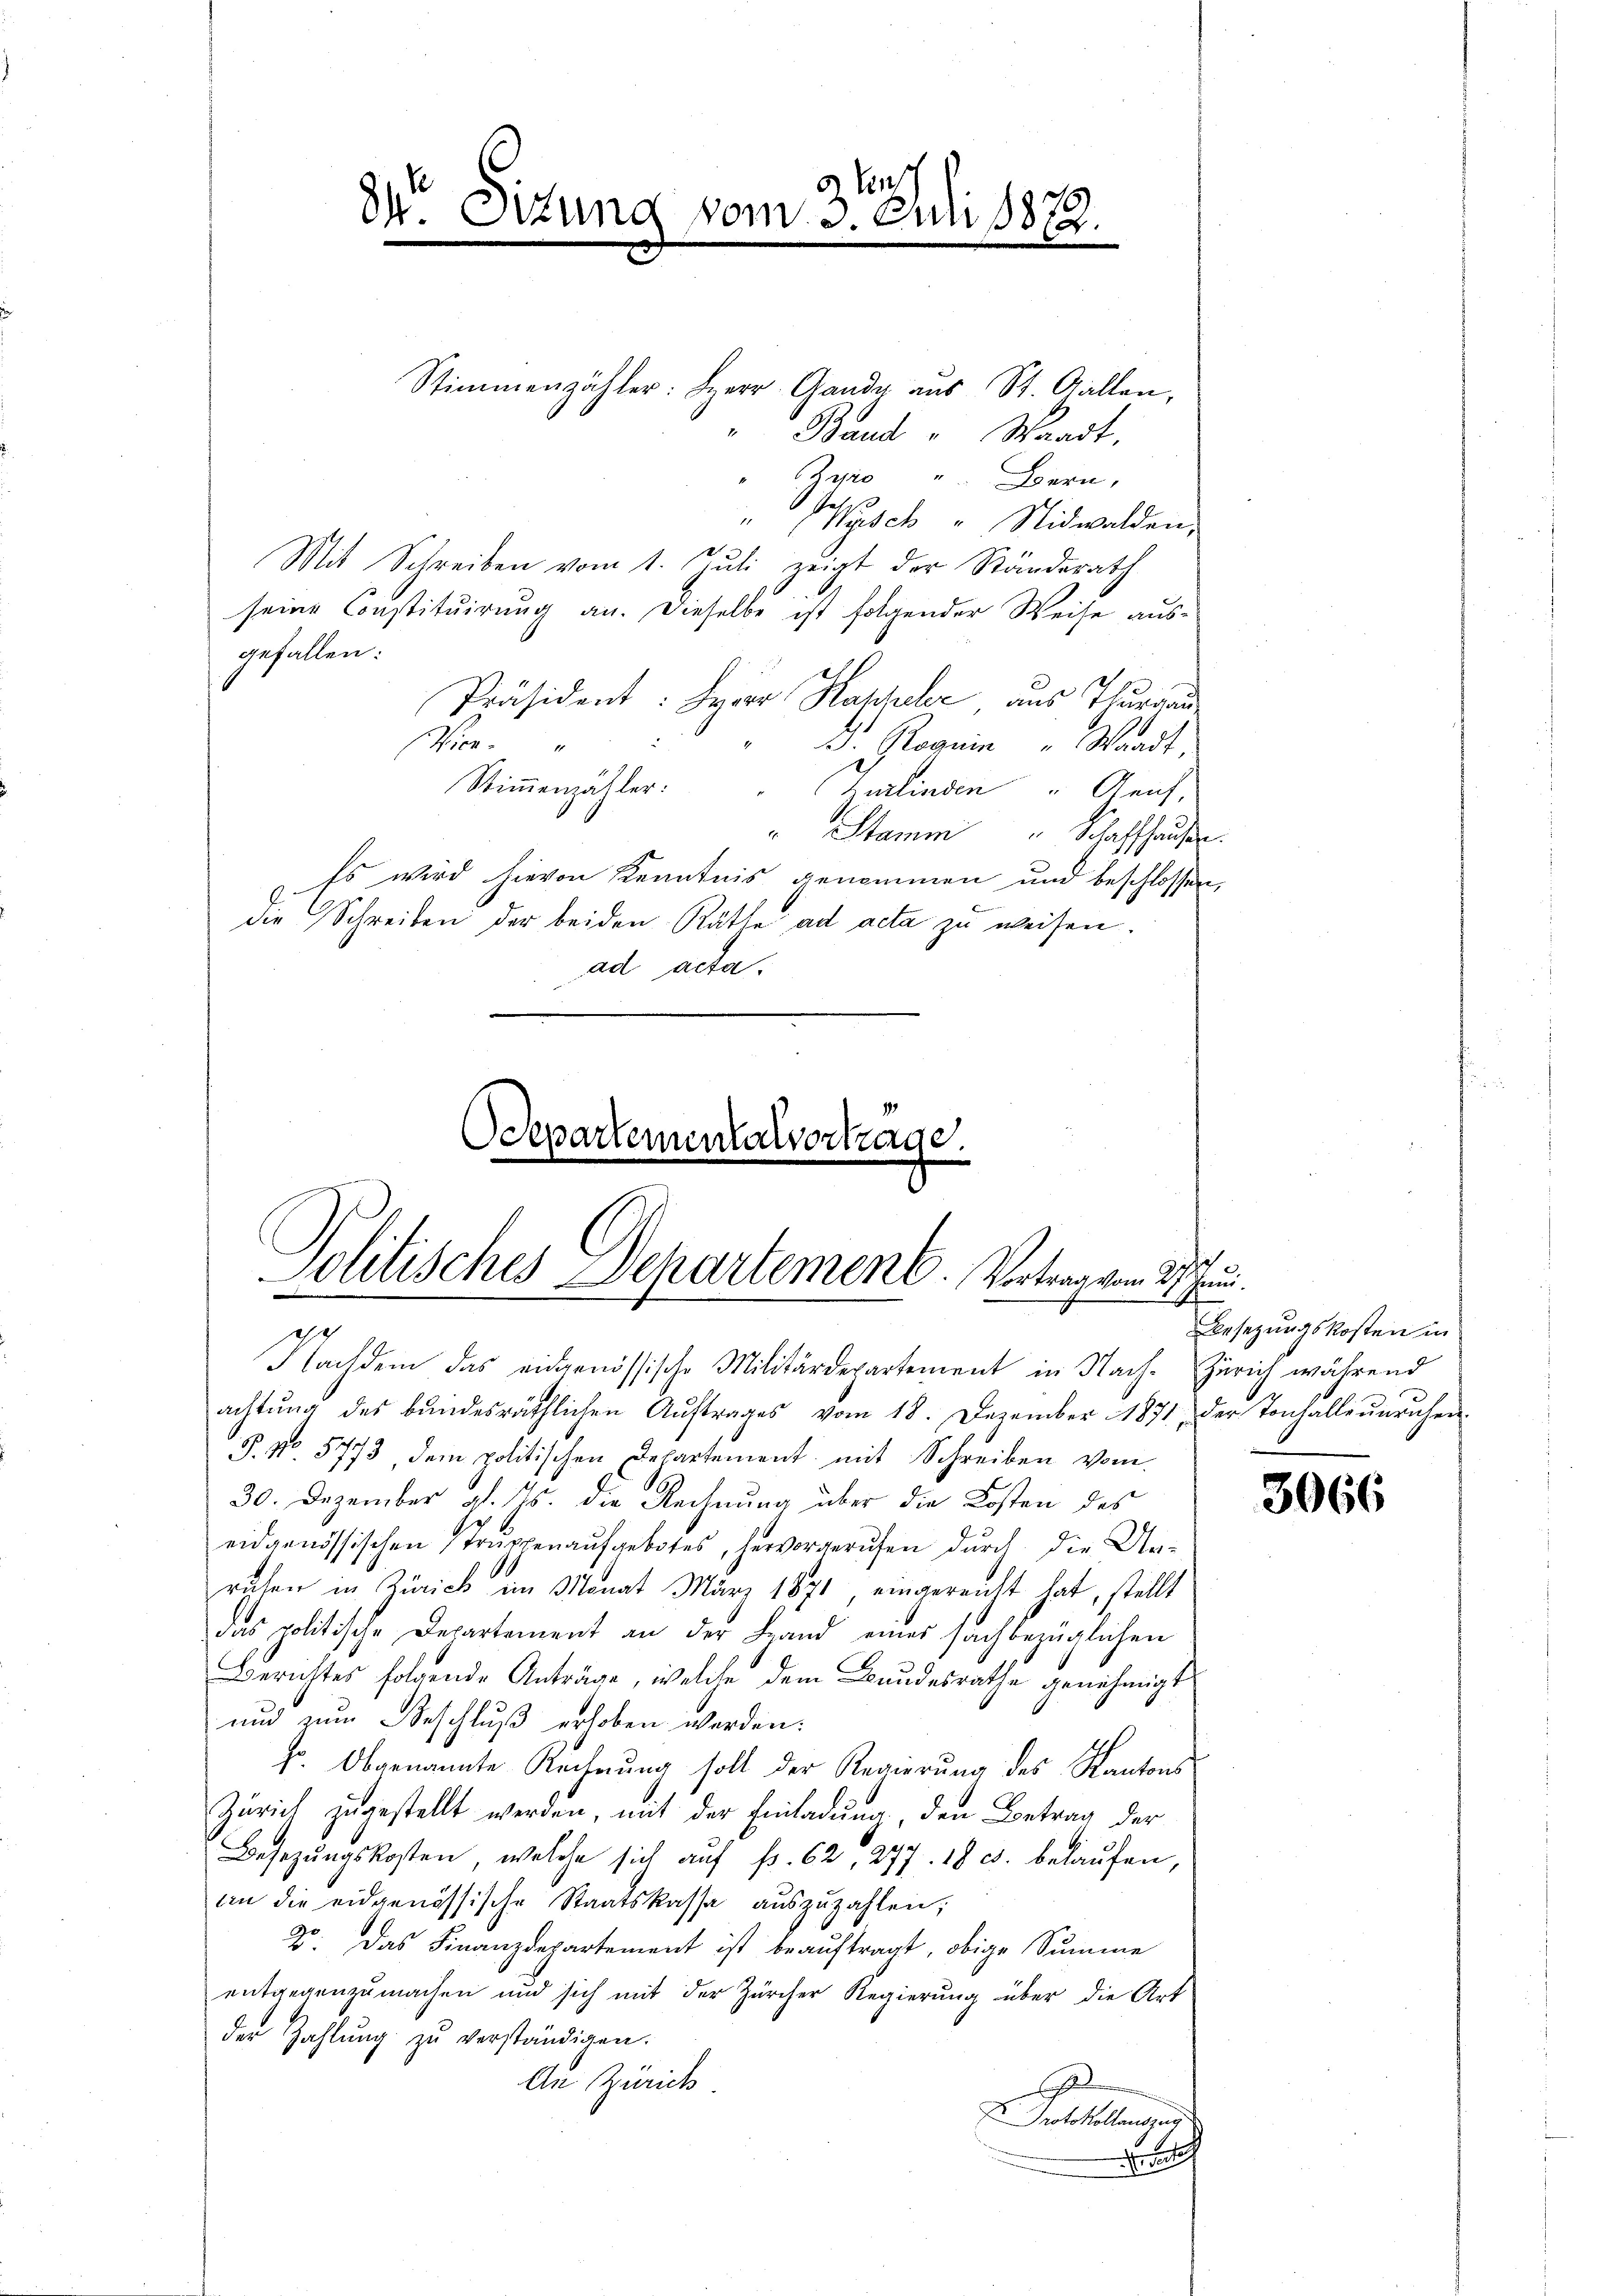
2 ten
34. Sitzung vom 3. Juli 1872.

Stimmenzähler: Herr Gande aus St. Gallen,
" Baud " Waadt,
"Zuro " Bern,
Jahis
" (Nyisch " Nidwalden.
Mit Schreiben vom 1. Juli, zeigt der Ränderath
seine Constituirung an. Dieselbe ist folgender Weise ausgefallen:
Präsident: Herr Hasler aus Thurgau
Wien.
d. Roguin " Waadt,
Stimmenzähler.
Zurlinden " Genf,
" Stamm " Schaffhausen.
Es wird hievon Kenntnis genommen und beschlossen,
die Schreiben der beiden Räthe ad acta zu weisen.
ad acta.

Departementalvertrage.

Solitisches Departement. Vortrag vom 27. Jun.
.
Nachdem das eidgenössische Militärdepartement in Nach- Zürich während

achtŭng des bŭndesräthlichen Aŭftrages vom 18. Dezember 1871, der Tonhalleŭnruhen
§ No 5773 dem politischen Departement mit Schreiben vom

30. Dezember a. 15. die Rechnung über die Kosten des
eidgenössischen Trŭppenaŭfgebotes, hervorgerufen dŭrch die An-
S
ruhen in Zürich im Monat März 1871, eingereicht hat, stellt
das politische Departement an der Land einer sachbezüglichen
Berichtes folgende Anträge, welche dem Bundesrathe genehmigt
und zum Beschluß erhoben werden:
Hr. Obgenannte Rechnung soll der Regierung des Kantons
Zürich zugestellt werden, mit der Einladung, den Betrag der
Besezungskosten, welche sich auf f. 62, 277. 18 c. belaufen,
an die eidgenössische Staatskassa aŭszŭzahlen;
2o. Das Finanzdepartement ist beauftragt, obige Summe
entgegenzumachen und sich mit der Zürcher Regierŭng über die Art
der Zahlŭng zŭ verständigen.
An Zürich.
s
Protokollauszug
e

Besetzungskosten in

3066